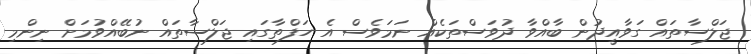
ޖަލްސާތައް ގަވާއީދުން ބާއްވާ ދުވަސްތަކެއް ނަމަވެސް އެ ހަފްތާގައި ޖަލްސާތައް ނުބޭއްވުމަށް ނިންމި